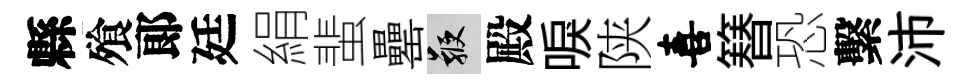
縣飱郞廷絹蜚罍鞭殿唳陕喜簮恐繫沛